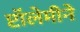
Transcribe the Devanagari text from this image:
प्टॉलेमीने